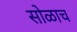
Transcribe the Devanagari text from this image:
सोळाच